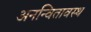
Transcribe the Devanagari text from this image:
अनन्वितावस्थ